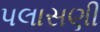
પલાસણી